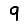
Digit: 9